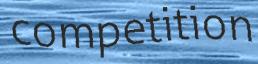
competition